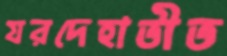
যরদেহাতীত